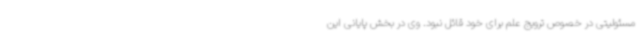
مسئولیتی در خصوص ترویج علم برای خود قائل نبود. وی در بخش پایانی این